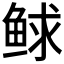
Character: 𩾁